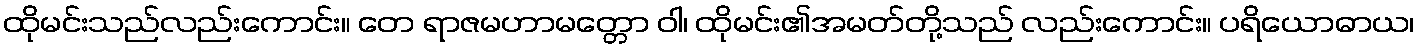
ထိုမင်းသည်လည်းကောင်း။ တေ ရာဇမဟာမတ္တော ဝါ၊ ထိုမင်း၏အမတ်တို့သည် လည်းကောင်း။ ပရိယောဓာယ၊